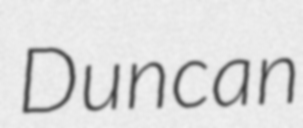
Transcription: Duncan